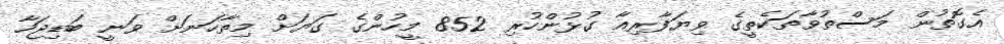
އެގޮތުން މަސްތުވާތަކެތީގެ ވިޔަފާރިއާ ގުޅުންހުރި 852 މީހުންގެ ގަޔަށް މިތާހަނަށް ވަނީ ބަޑިޖަހާ